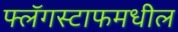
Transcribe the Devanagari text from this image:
फ्लॅगस्टाफमधील